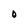
Character: O